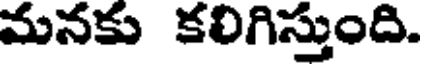
మనకు కలిగిస్తుంది.